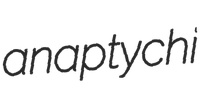
anaptychi